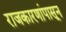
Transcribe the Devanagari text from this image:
राजकारणांपासून